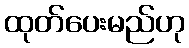
ထုတ်ပေးမည်ဟု